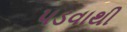
પડવાથી